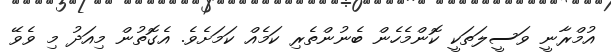
އުމްރާނީ ވަސީލަތަކީ ކޮންމެހެން ބެނުންތެރި ކަމެއް ކަމަށެވެ. އެގޮތުން މިއަދު މި ވެވޭ